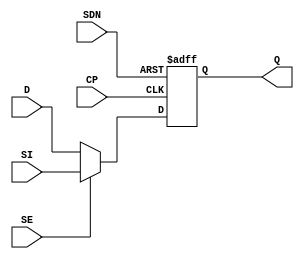
// ================================================================
// NVDLA Open Source Project
//
// Copyright(c) 2016 - 2017 NVIDIA Corporation. Licensed under the
// NVDLA Open Hardware License; Check "LICENSE" which comes with
// this distribution for more information.
// ================================================================
module SDFSNQD1 (
  SI
 ,D
 ,SE
 ,CP
 ,SDN
 ,Q
 );
input SI ;
input D ;
input SE ;
input CP ;
input SDN ;
output Q ;
reg Q;
assign sel = SE ? SI : D;
always @(posedge CP or negedge SDN)
begin
    if(~SDN)
        Q <= 1'b1;
    else
        Q <= sel;
end
endmodule